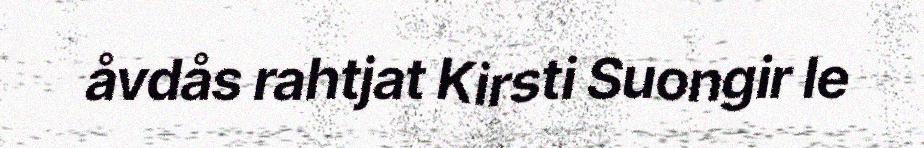
åvdås rahtjat Kirsti Suongir le